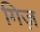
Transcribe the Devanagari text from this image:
गिज़